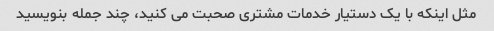
مثل اینکه با یک دستیار خدمات مشتری صحبت می کنید، چند جمله بنویسید